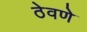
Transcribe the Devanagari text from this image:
ठेवणेे